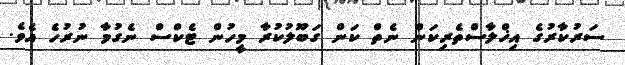
ސަރުކާރުގެ އިޚްލާސްތެރިކަން ނެތް ކަން ގަބޫލުކުރާ މީހުން ޓެކްސް ނެގުމާ ނުރުހެ އެވެ.